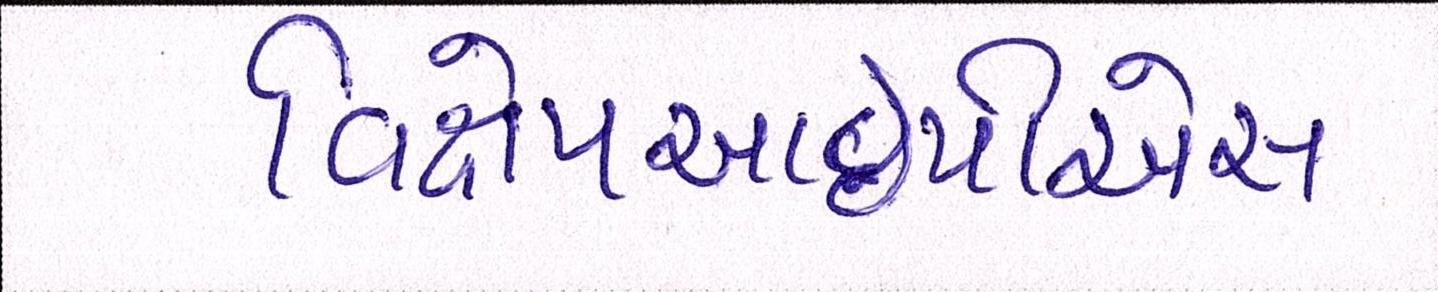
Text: વિક્ષેપઆઇપીએસ